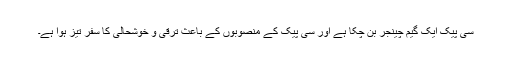
سی پیک ایک گیم چینجر بن چکا ہے اور سی پیک کے منصوبوں کے باعث ترقی و خوشحالی کا سفر تیز ہوا ہے۔